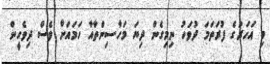
މި އަހަރުގެ ފުރަތަމަ ދުވަހު ނިމިގެން ދިޔަ މަހާސިންތާއާ ހަމައަށް ވެސް ދިވެހީން